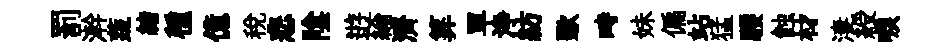
罰澣蔬緖種億税悲隂逰綸濟筭單浄紡歜畤妹偏站猛騕蝕材淒綬唳